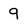
Character: 9